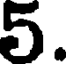
5.